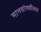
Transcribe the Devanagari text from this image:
मानवांमधीलच